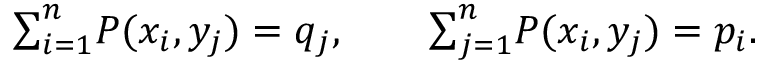
\begin{array} { r } { { \sum } _ { i = 1 } ^ { n } P ( x _ { i } , y _ { j } ) = q _ { j } , \qquad { \sum } _ { j = 1 } ^ { n } P ( x _ { i } , y _ { j } ) = p _ { i } . } \end{array}